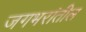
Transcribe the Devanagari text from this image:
जगभरांतील